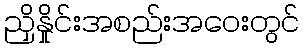
ညှိနှိုင်းအစည်းအဝေးတွင်